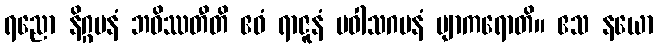
ရညော နိဂ္ဂမနံ ဘဝိဿတီတိ ဧဝံ ရာဇူနံ ပဝါသဂမနံ ဗျာကရောတိ။ ဧသ နယော